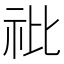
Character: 䃾